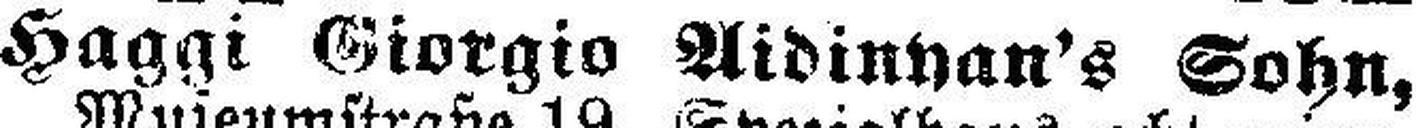
Haggi Giorgio Aidinyan's Sohn,